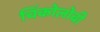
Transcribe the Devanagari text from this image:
चिंकोलोबी